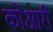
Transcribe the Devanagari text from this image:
कोआरी